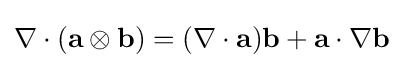
\nabla \cdot (\mathbf {a} \otimes \mathbf {b} )=(\nabla \cdot \mathbf {a} )\mathbf {b} +\mathbf {a} \cdot \nabla \mathbf {b}